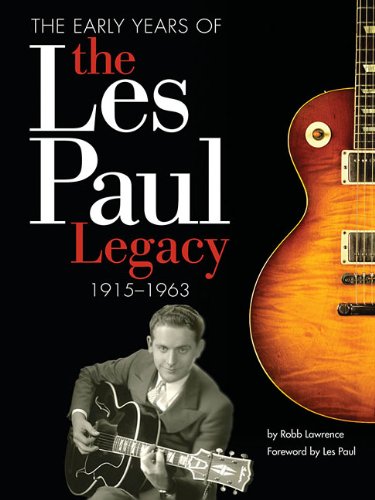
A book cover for The Early Years of the Les Paul Legacy 1915-1963; Robb Lawrence; Biographies & Memoirs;